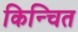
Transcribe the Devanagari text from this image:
किन्चित